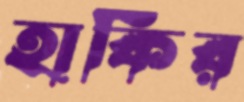
হাকির